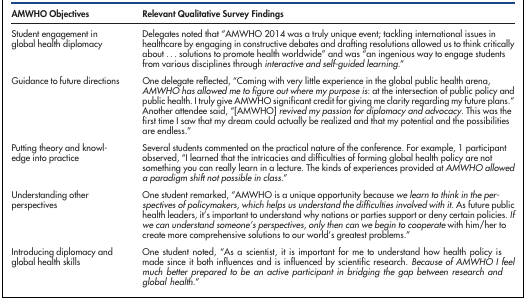
<table><thead><tr><td><b>AMWHO Objectives</b></td><td><b>Relevant Qualitative Survey Findings</b></td></tr></thead><tbody><tr><td>Student engagement in global health diplomacy</td><td>Delegates noted that &quot;AMWHO 2014 was a truly unique event; tackling international issues in healthcare by engaging in constructive debates and drafting resolutions allowed us to think critically about ... solutions to promote health worldwide&quot; and was &quot;an ingenious way to engage students from various disciplines through <i>interactive and self-guided learning.</i>&quot;</td></tr><tr><td>Guidance to future directions</td><td>One delegate reflected, &quot;Coming with very little experience in the global public health arena, <i>AMWHO has allowed me to figure out where my purpose is</i>: at the intersection of public policy and public health. I truly give AMWHO significant credit for giving me clarity regarding my future plans.&quot;Another attendee said, &quot;[AMWHO] <i>revived my passion for diplomacy and advocacy.</i> This was the first time I saw that my dream could actually be realized and that my potential and the possibilities are endless.&quot;</td></tr><tr><td>Putting theory and knowledge into practice</td><td>Several students commented on the practical nature of the conference. For example, 1 participant observed, &quot;I learned that the intricacies and difficulties of forming global health policy are not something you can really learn in a lecture. The kinds of experiences provided at <i>AMWHO allowed a paradigm shift not possible in class</i>.&quot;</td></tr><tr><td>Understanding other perspectives</td><td>One student remarked, &quot;AMWHO is a unique opportunity because <i>we learn to think in the perspectives of policymakers, which helps us understand the difficulties involved with it.</i> As future public health leaders, it&#x27;s important to understand why nations or parties support or deny certain policies. <i>If we can understand someone&#x27;s perspectives, only then can we begin to cooperate</i> with him/her to create more comprehensive solutions to our world&#x27;s greatest problems.&quot;</td></tr><tr><td>Introducing diplomacy and global health skills</td><td>One student noted, &quot;As a scientist, it is important for me to understand how health policy is made since it both influences and is influenced by scientific research. <i>Because of AMWHO I feel much better prepared to be an active participant in bridging the gap between research and global health</i>.&quot;</td></tr></tbody></table>